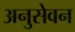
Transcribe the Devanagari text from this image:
अनुसेवन